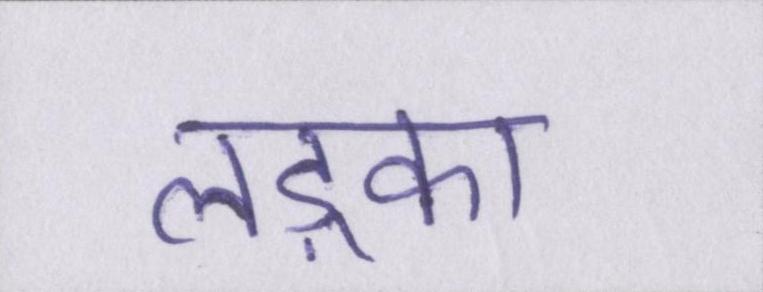
लड़्का